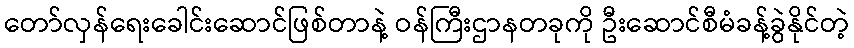
တော်လှန်ရေးခေါင်းဆောင်ဖြစ်တာနဲ့ ဝန်ကြီးဌာနတခုကို ဦးဆောင်စီမံခန့်ခွဲနိုင်တဲ့